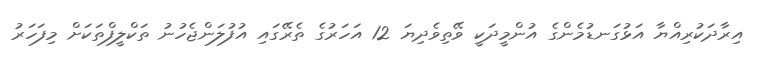
އިރާދަކުރިއްޔާ އަޅުގަނޑުމެންގެ އުންމީދަކީ ވޭތިވެދިޔަ 12 އަހަރުގެ ތެރޭގައި އުފުލަންޖެހުނު ތަކްލީފްތަކަށް މިފަހަރު